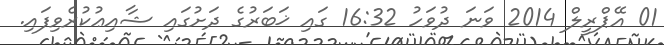
01 އޭޕްރީލް 2014 ވަނަ ދުވަހު 16:32 ގައި ޚަބަރުގެ ދަށުގައި ޝާއިޢުކުރެވިފައި.